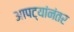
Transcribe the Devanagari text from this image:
आपट्यांनंतर